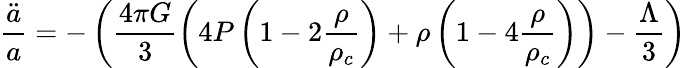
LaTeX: \frac{\ddot{a}}{a}=-\left(\frac{4\pi G}{3}\left(4P\left(1-2\frac{\rho}{\rho_{c}}\right)+\rho\left(1-4\frac{\rho}{\rho_{c}}\right)\right)-\frac{\Lambda}{3}\right)